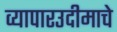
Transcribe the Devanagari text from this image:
व्यापारउदीमाचे